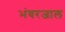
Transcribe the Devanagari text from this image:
भंवरजाल